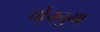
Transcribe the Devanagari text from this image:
चोंचनुमा